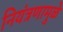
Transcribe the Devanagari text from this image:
नियंत्रणामुळे